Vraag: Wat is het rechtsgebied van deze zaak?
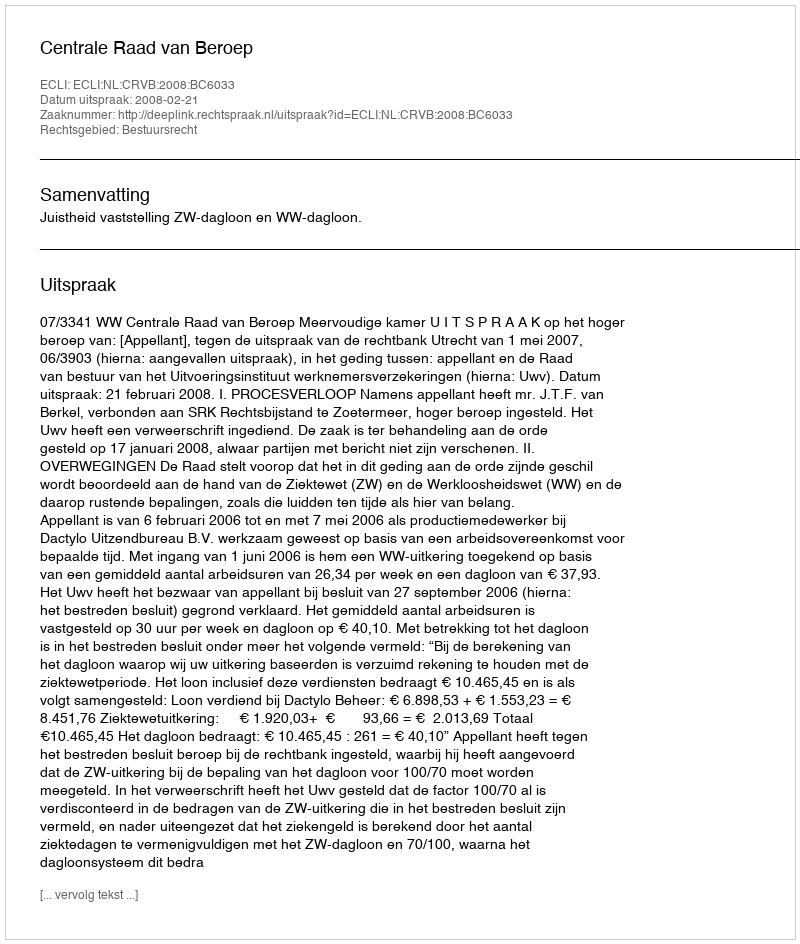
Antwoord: Bestuursrecht